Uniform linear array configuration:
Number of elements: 4
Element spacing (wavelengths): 0.5
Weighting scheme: hann
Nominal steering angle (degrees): -15
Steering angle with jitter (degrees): -13.682
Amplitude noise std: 0.05
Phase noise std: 0.05

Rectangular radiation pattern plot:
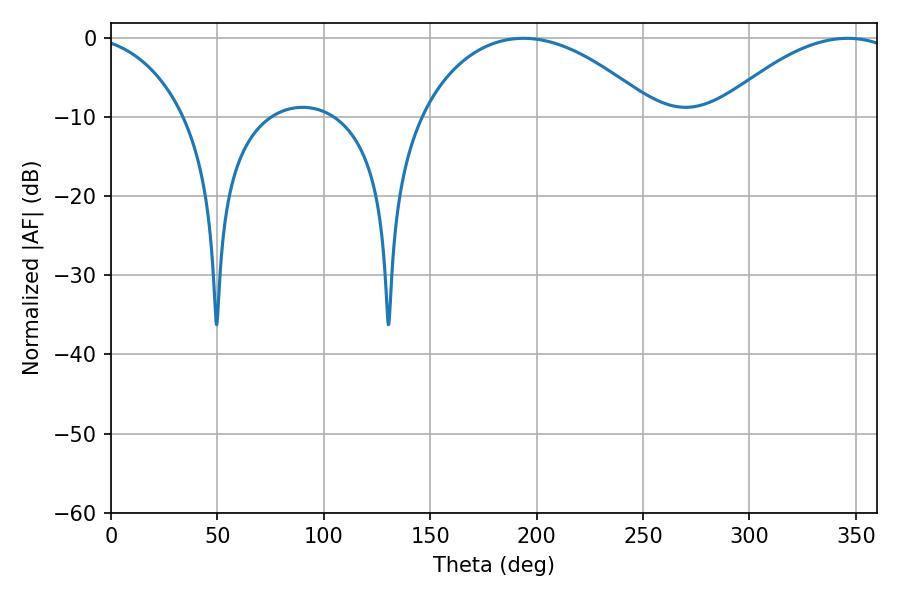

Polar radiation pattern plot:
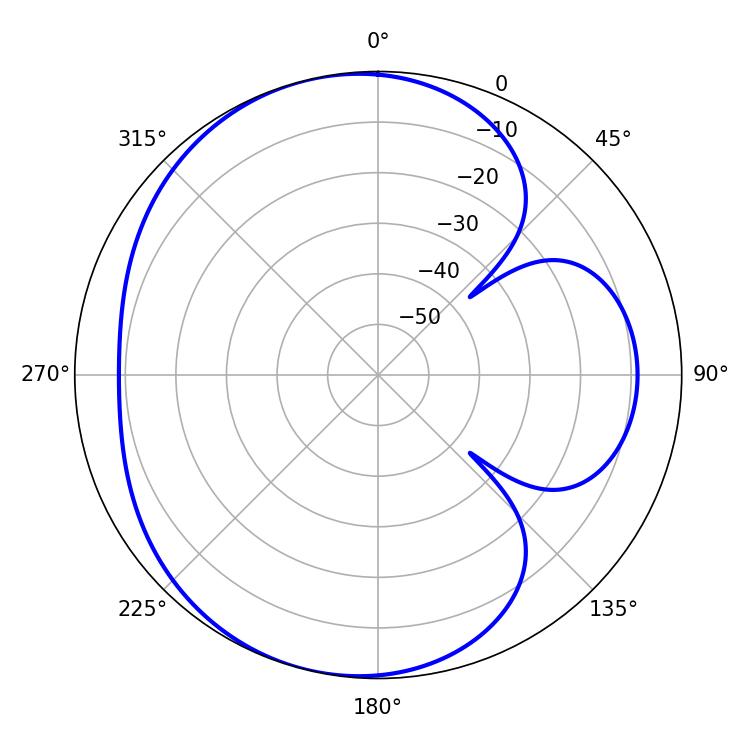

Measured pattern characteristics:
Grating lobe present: FALSE
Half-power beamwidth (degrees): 62.64
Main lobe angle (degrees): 193.86